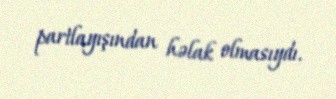
partlayışından həlak olmasıydı.